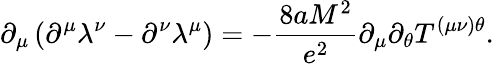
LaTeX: \partial_{\mu}\left(\partial^{\mu}\lambda^{\nu}-\partial^{\nu}\lambda^{\mu}\right)=-\frac{8aM^{2}}{e^{2}}\partial_{\mu}\partial_{\theta}T^{(\mu\nu)\theta}.